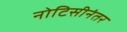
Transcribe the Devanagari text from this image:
नोटिसीनंतर